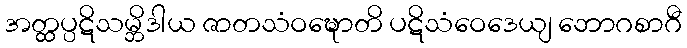
အတ္ထပ္ပဋိသမ္ဘိဒါယ ဇာတသံဝဍ္ဎောတိ ပဋိသံဝေဒေယျ ဘောဂစာဂီ